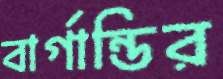
বার্গান্ডির